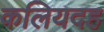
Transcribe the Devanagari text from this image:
कलियदह